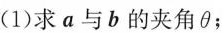
(1)求a与b的夹角θ；